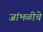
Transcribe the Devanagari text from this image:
जांभळीचे